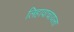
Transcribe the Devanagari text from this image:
लिहावाचायला